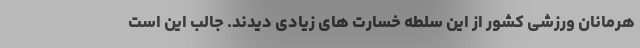
هرمانان ورزشی کشور از این سلطه خسارت های زیادی دیدند. جالب این است